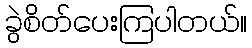
ခွဲစိတ်ပေးကြပါတယ်။